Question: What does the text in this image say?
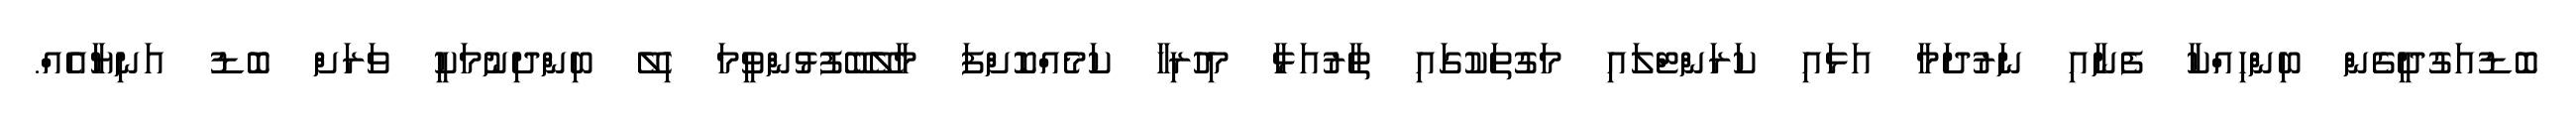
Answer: ބޮޑުއަގުދީގެން ބިންހިއްކާ ފެނާއި ނަރުދަމާ އަޅައި ކަރަންޓްލައި މަގުތަކުގައި ތާރުއަޅާ މިހުރިހާ ކަމެއްކޮށްފަ މާލޭބޭފުޅުންވީމަ ހިލޭ ބިންދިނުމަކީ ވަރަށް ބޮޑު އަނިޔާއެއް.